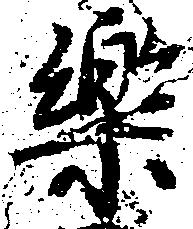
楽